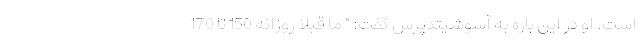
است. او در این باره به آسوشیتدپرس گفت: " ما قبلا روزانه 150 تا 170